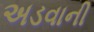
અડવાની